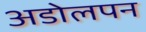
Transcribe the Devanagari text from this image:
अडोलपन